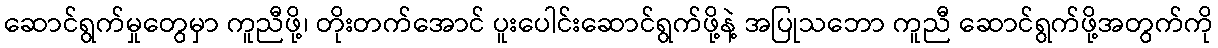
ဆောင်ရွက်မှုတွေမှာ ကူညီဖို့၊ တိုးတက်အောင် ပူးပေါင်းဆောင်ရွက်ဖို့နဲ့ အပြုသဘော ကူညီ ဆောင်ရွက်ဖို့အတွက်ကို